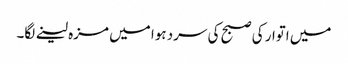
میں اتوار کی صبح کی سرد ہوا میں مزہ لینے لگا۔